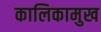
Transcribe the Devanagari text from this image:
कालिकामुख